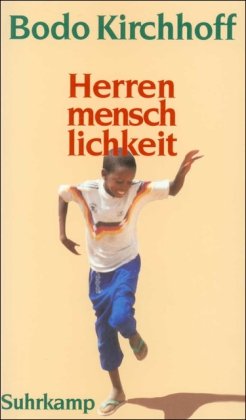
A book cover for Herrenmenschlichkeit (German Edition); Bodo Kirchhoff; Travel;